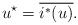
\begin{align*} u^\star = \overline{i^*(u)}.\end{align*}